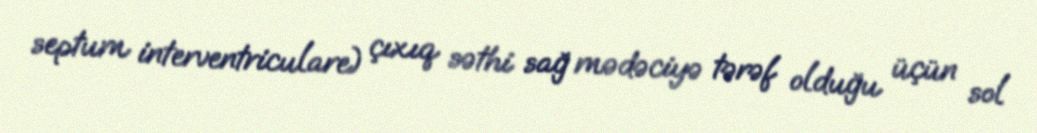
septum interventriculare) çıxıq səthi sağ mədəciyə tərəf olduğu üçün sol